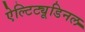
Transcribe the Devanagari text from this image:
ऐल्टिट्यूडिनल